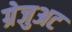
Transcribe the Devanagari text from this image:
ग्रेजुअट